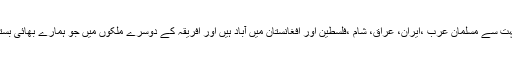
اور دنیا کے دوسرے ملکوں میں پھیلے ہوئے ہیں بہت سے مسلمان عرب ،ایران، عراق، شام ،فلسطین اور افغانستان میں آباد ہیں اور افریقہ کے دوسرے ملکوں میں جو ہمارے بھائی بستے ہیں ا ن کی گنتی بھی کروڑوں تک پہنچتی ہے ۔